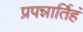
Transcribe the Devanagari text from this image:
प्रपन्नार्तिहं